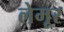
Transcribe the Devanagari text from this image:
लेमूर